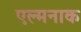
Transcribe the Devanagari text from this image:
एल्मनाक